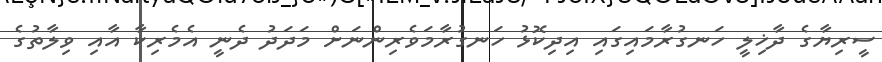
ސީރިޔާގެ ދާޚިލީ ހަނގުރާމައިގައި އިދިކޮޅު ހަނގުރާމަވެރިންނަށް މަދަދު ދެނީ އެމެރިކާ އާއި ވިލާތުގެ